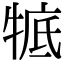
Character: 𤚃